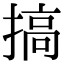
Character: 搞